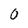
Character: 0